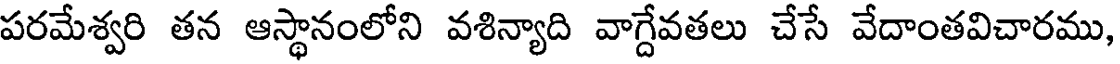
పరమేశ్వరి తన ఆస్థానంలోని వశిన్యాది వాగ్దేవతలు చేసే వేదాంతవిచారము,